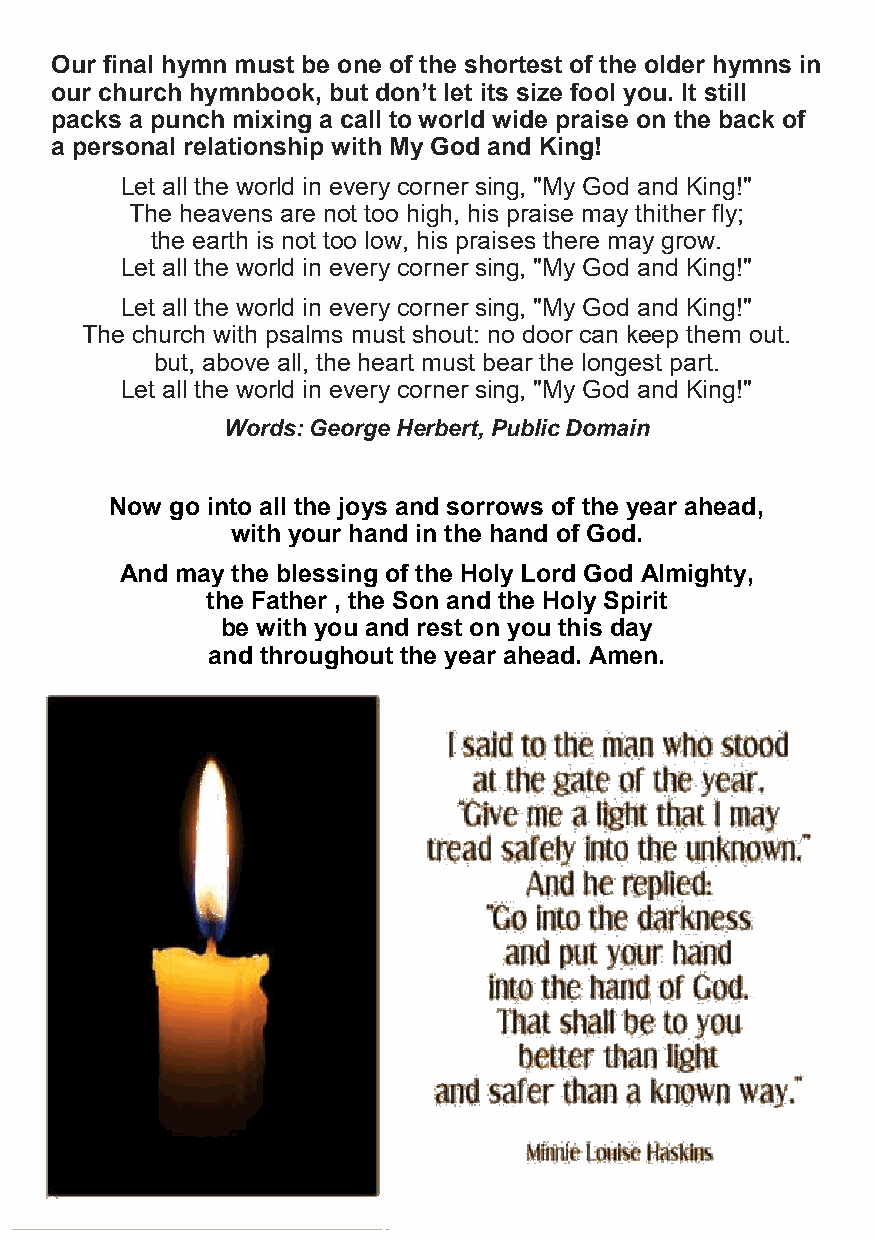
Our final hymn must be one of the shortest of the older hymns in
 our church hymnbook, but don’t let its size fool you. It still
 packs a punch mixing a call to world wide praise on the back of
 a personal relationship with My God and King!
 Let all the world in every corner sing, "My God and King!"
 The heavens are not too high, his praise may thither fly;
 the earth is not too low, his praises there may grow.
 Let all the world in every corner sing, "My God and King!"
 Let all the world in every corner sing, "My God and King!"
 The church with psalms must shout: no door can keep them out.
 but, above all, the heart must bear the longest part.
 Let all the world in every corner sing, "My God and King!"
 Words: George Herbert, Public Domain
 Now go into all the joys and sorrows of the year ahead,
 with your hand in the hand of God.
 And may the blessing of the Holy Lord God Almighty,
 the Father , the Son and the Holy Spirit
 be with you and rest on you this day
 and throughout the year ahead. Amen.